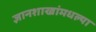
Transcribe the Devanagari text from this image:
ज्ञानशाखांमधल्या